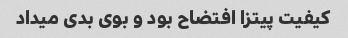
کیفیت پیتزا افتضاح بود و بوی بدی میداد